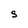
Character: S